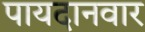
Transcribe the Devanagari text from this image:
पायदानवार